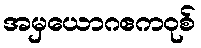
အမှယောဂဧကဝုစ်